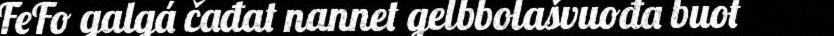
FeFo galgá čađat nannet gelbbolašvuođa buot